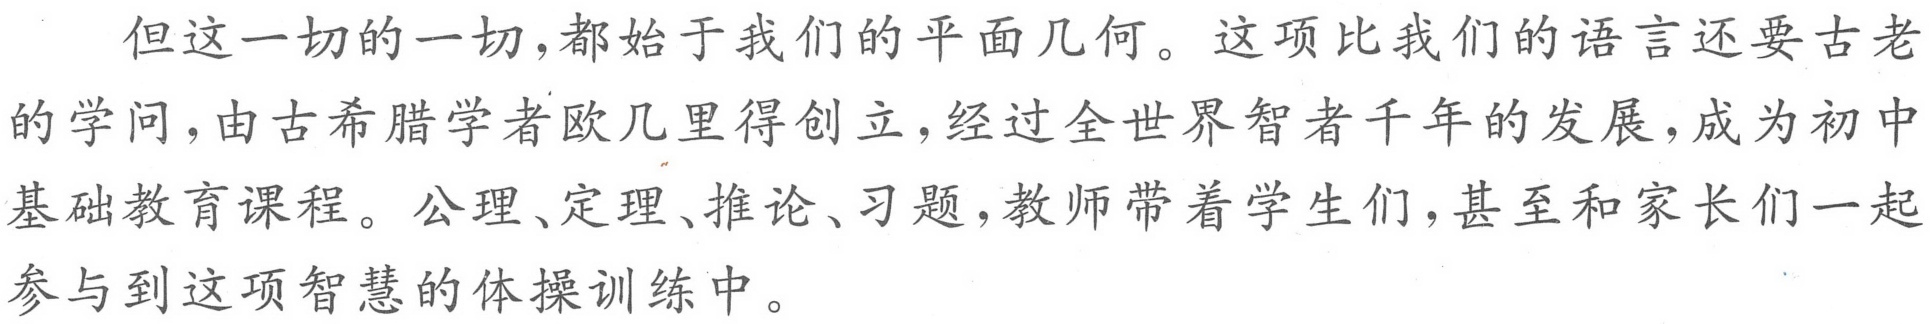
但这一切的一切，都始于我们的平面几何。这项比我们的语言还要古老的学问，由古希腊学者欧几里得创立，经过全世界智者千年的发展，成为初中基础教育课程。公理、定理、推论、习题，教师带着学生们，甚至和家长们一起参与到这项智慧的体操训练中。